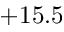
+ 1 5 . 5